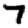
Digit: 7